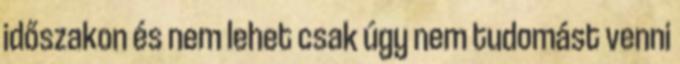
időszakon és nem lehet csak úgy nem tudomást venni